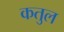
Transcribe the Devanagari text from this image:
कतुल